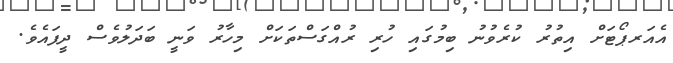
އެއަރޕޯޓަށް އިތުރު ކުރެވުނު ބިމުގައި ހުރި ރުއްގަސްތަކަށް މިހާރު ވަނީ ބަދަލުވެސް ދީފައެވެ.